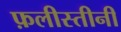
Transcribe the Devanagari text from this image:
फ़लीस्तीनी